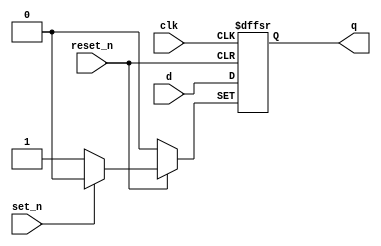
//D flip-flop with active-low asynchronous reset and set
module _dff_r_async(q, clk, set_n, reset_n, d);
	input clk, set_n, reset_n, d;	//clock, active-low set/reset, data d
	output q;	//output
	reg q;
	
	//befavioral implementation
	always @(posedge clk or negedge set_n or negedge reset_n) 
	begin
		if (reset_n == 0) q <= 1'b0; //reset = 0, then q = 0
		else if (set_n == 0) q <= 1'b1; //reset = 1 and set = 0, then q = 1
		else q <= d; //reset = 1 and set = 1, then q = d
	end
endmodule